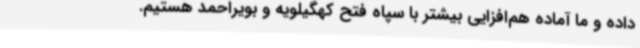
داده و ما آماده هم‌افزایی بیشتر با سپاه فتح کهگیلویه و بویراحمد هستیم.